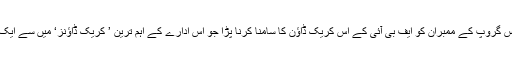
یوں اس گروپ کے ممبران کو ایف بی آئی کے اس کریک ڈاﺅن کا سامنا کرنا پڑا جو اس ادارے کے اہم ترین ’ کریک ڈاﺅنز‘ میں سے ایک ہے ۔